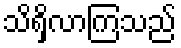
သိရှိလာကြသည်